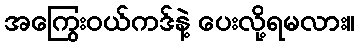
အကြွေးဝယ်ကဒ်နဲ့ ပေးလို့ရမလား။